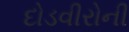
દોડવીરોની